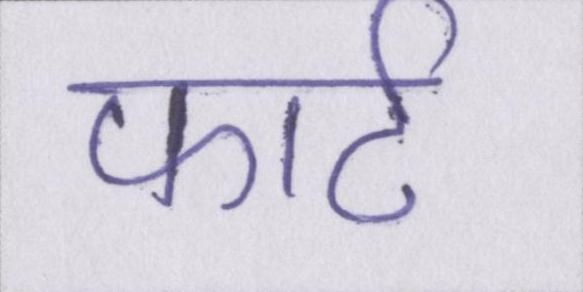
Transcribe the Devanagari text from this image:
फोर्ट